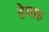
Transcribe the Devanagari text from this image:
हेपाह